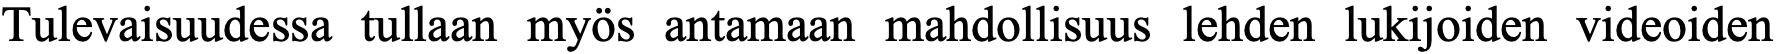
Tulevaisuudessa tullaan myös antamaan mahdollisuus lehden lukijoiden videoiden